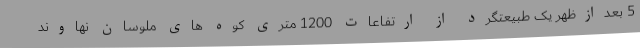
5 بعدازظهر یک طبیعتگرد از ارتفاعات 1200 متری کوه های ملوسان نهاوند